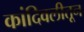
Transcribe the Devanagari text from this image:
कांदिवलीतून